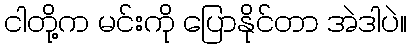
ငါတို့က မင်းကို ပြောနိုင်တာ အဲဒါပဲ။